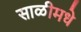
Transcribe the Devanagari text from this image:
साळीमधे